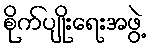
စိုက်ပျိုးရေးအဖွဲ့